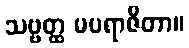
သဗ္ဗတ္ထ မပရာဇိတာ။